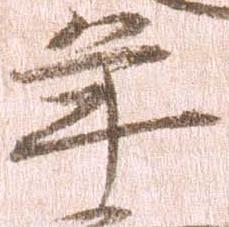
年